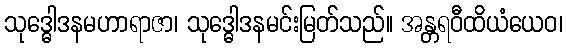
သုဒ္ဓေါဒနမဟာရာဇာ၊ သုဒ္ဓေါဒနမင်းမြတ်သည်။ အန္တရဝီထိယံယေဝ၊